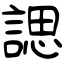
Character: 諰